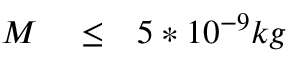
\begin{array} { r l r } { M } & { { } \le } & { 5 * 1 0 ^ { - 9 } k g } \end{array}